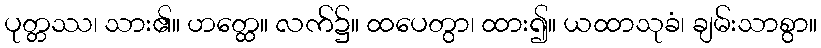
ပုတ္တဿ၊ သား၏။ ဟတ္ထေ။ လက်၌။ ထပေတွာ၊ ထား၍။ ယထာသုခံ၊ ချမ်းသာစွာ။